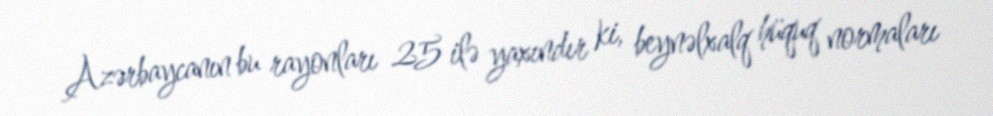
Azərbaycanın bu rayonları 25 ilə yaxındır ki, beynəlxalq hüquq normaları